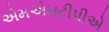
એમએમટીપીએ